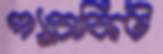
প্যারাকিট